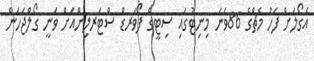
އެގޯލަށް ފަހު މެޗްގެ 86ވަނަ މިނިޓުގައި ސިޓީގެ ފޯވަރޑް ސްޓަރލިންއަށް ވަނީ ގޯލްޖަހަން